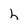
Character: h